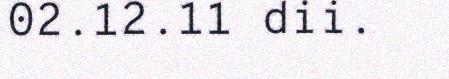
02.12.11 dii.